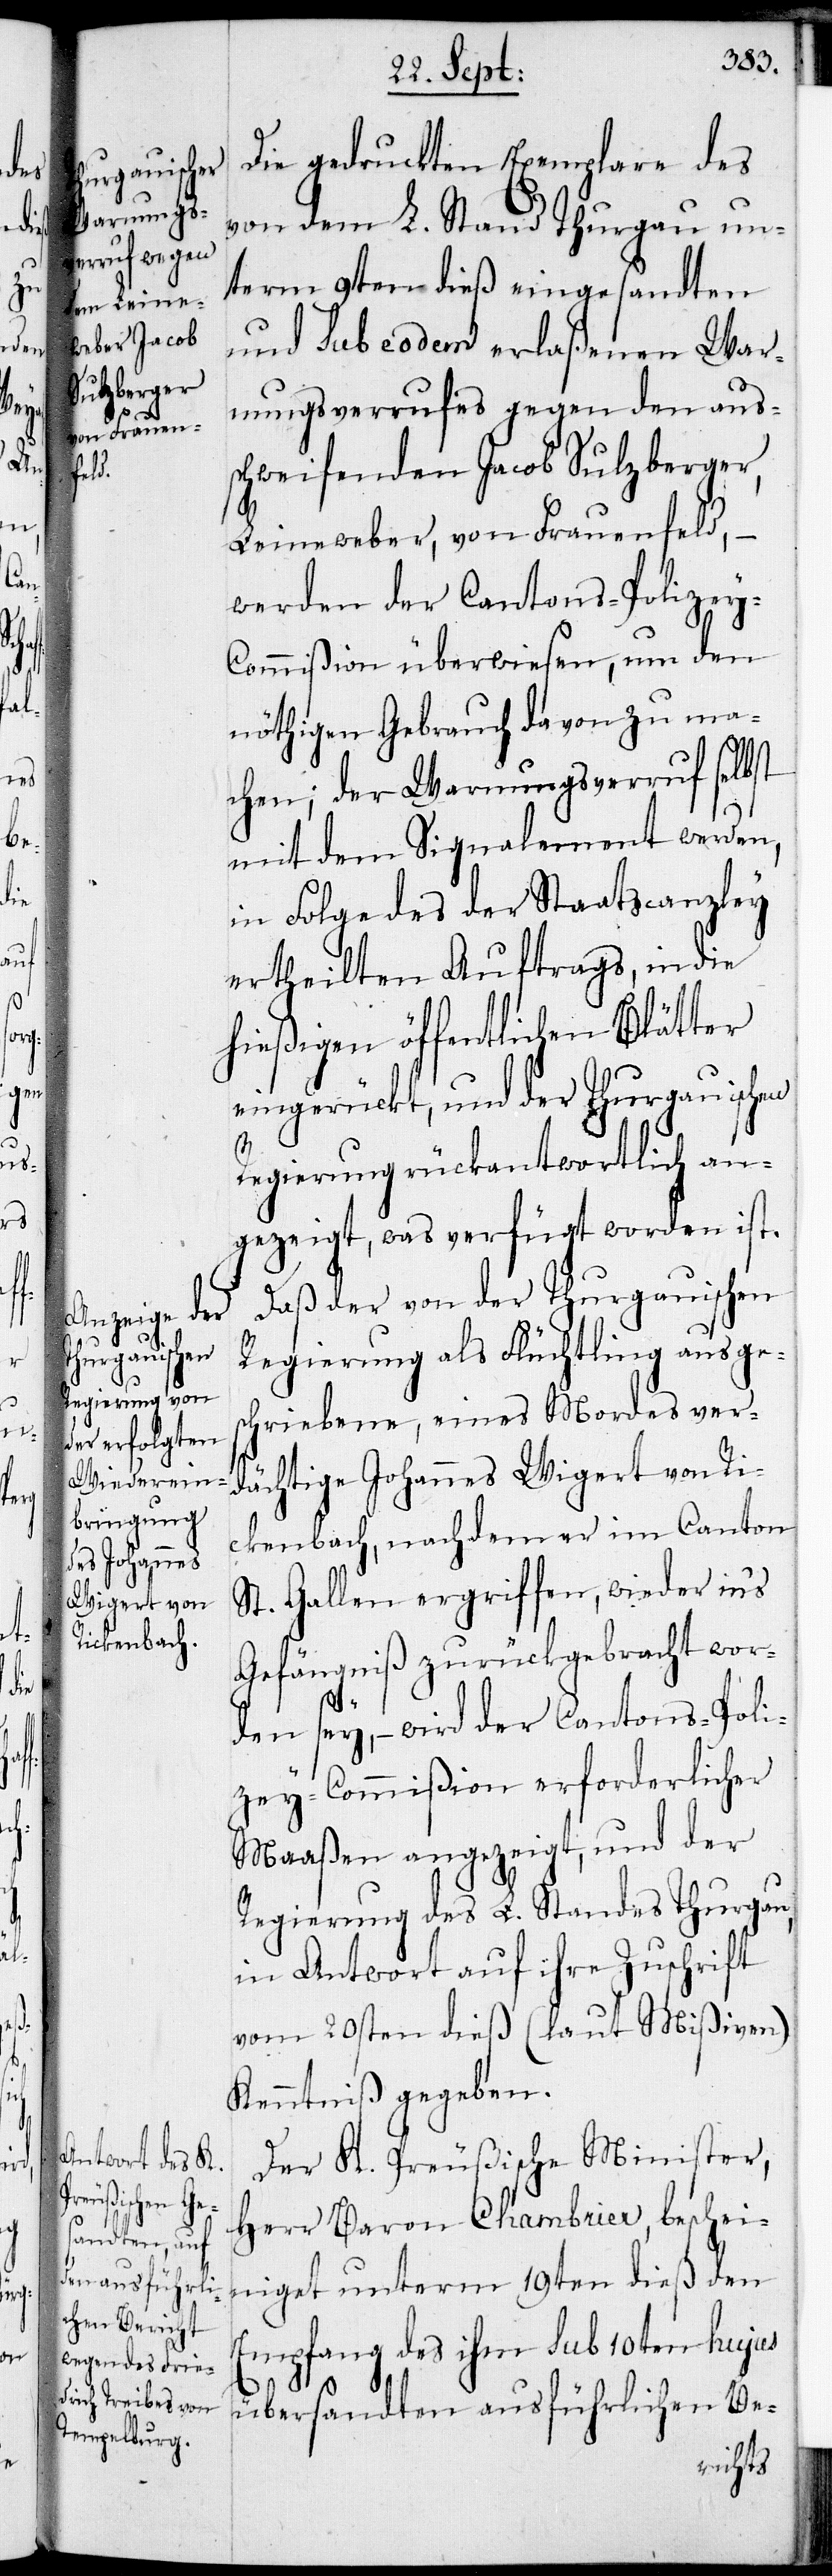
Die gedruckten Exemplare des
von dem L. Stand Thurgau un¬
term 9ten dieß eingesandten
und sub eodem erlaßenen War¬
nungsverrufes gegen den auss¬
chweifenden Jacob Sulzberger,
Leineweber, von Frauenfeld,
werden der Cantons-Polizey-C¬
ommißion überwiesen, um den
nöthigen Gebrauch davon zu ma¬
chen; der Warnungsverruf selbst
mit dem Signalement werden,
in Folge des der Staatscanzley
ertheilten Auftrags, in die
hießigen öffentlichen Blätter
eingerückt, und der Thurgauischen
Regierung rückantwortlich an¬
gezeigt, was verfügt worden ist.
Daß der von der Thurgauischen
Regierung als Flüchtling ausges¬
chriebene, eines Mordes ver¬
dächtigte Johannes Wigert von Ri¬
ckenbach, nachdem er im Canton
St. Gallen ergriffen, wieder ins
Gefängniß zurückgebracht wor¬
den sey, – wird der Cantons-Poli¬
zey-Commißion erforderlicher
Maaßen angezeigt, und der
Regierung des L. Standes Thurgau,
in Antwort auf ihre Zuschrift
vom 20sten dieß (laut Mißiven)
Kenntniß gegeben.
Der K. Preußische Minister,
Herr Baron Chambrier, beschei¬
niget unterm 19ten dieß den
Empfang des ihm sub 10ten hujus
übersandten ausführlichen Be-